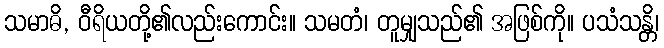
သမာဓိ, ဝီရိယတို့၏လည်းကောင်း။ သမတံ၊ တူမျှသည်၏ အဖြစ်ကို။ ပသံသန္တိ၊